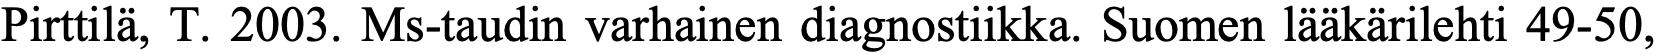
Pirttilä, T. 2003. Ms-taudin varhainen diagnostiikka. Suomen lääkärilehti 49-50,